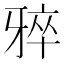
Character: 𪺨